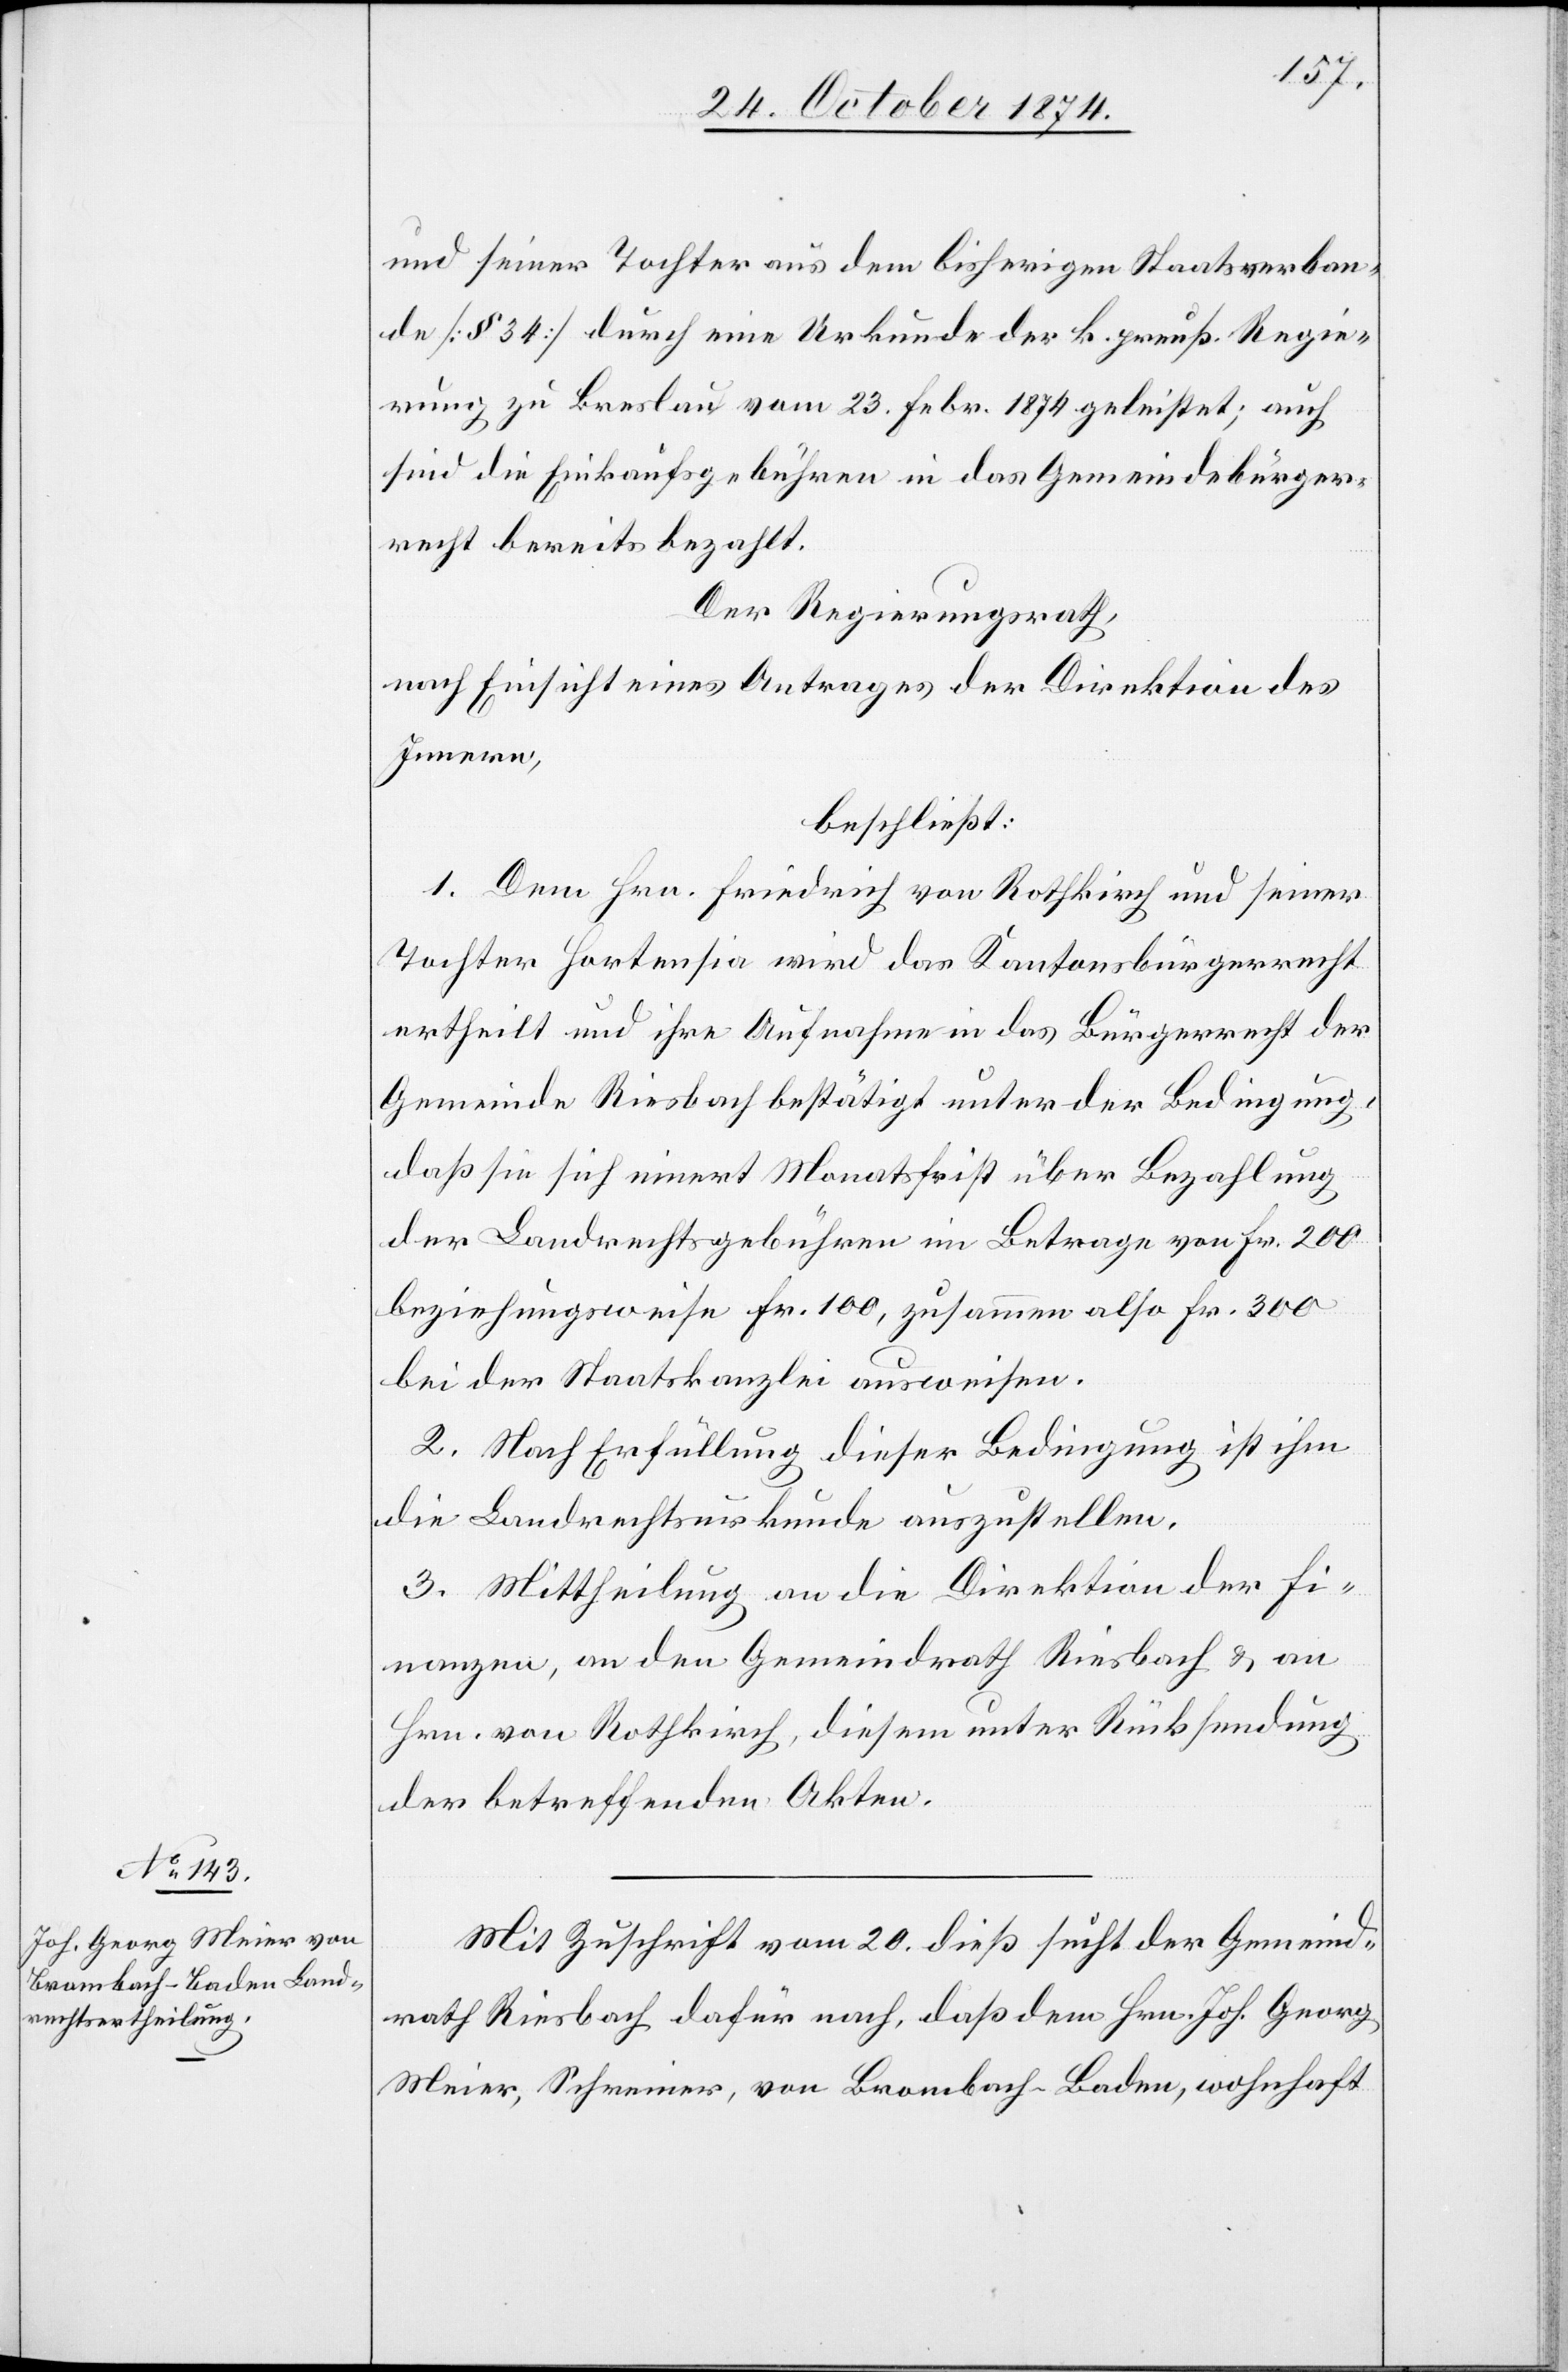
und seiner Tochter aus dem bisherigen Staatsverban¬
de [§ 34] durch eine Urkunde der k. preuß. Regie¬
rung zu Breslau vom 23. Febr. 1874 geleistet; auch
sind die Einkaufsgebühren in das Gemeindebürger¬
recht bereits bezahlt.
Der Regierungsrath,
nach Einsicht eines Antrages der Direktion des
Innern,
beschließt:
1. Dem Hrn. Friedrich von Rothkrich und seiner
Tochter Hortensia wird das Kantonsbürgerrecht
ertheilt und ihre Aufnahme in das Bürgerrecht der
Gemeinde Riesbach bestätigt unter der Bedingung,
daß sie sich innert Monatsfrist über Bezahlung
der Landrechtsgebühren im Betrage von Fr. 200
beziehungsweise Fr. 100, zusammen also Fr. 300
bei der Staatskanzlei ausweisen.
2. Nach Erfüllung dieser Bedingung ist ihm
die Landrechtsurkunde auszustellen.
3. Mittheilung an die Direktion der Fi¬
nanzen, an den Gemeindrath Riesbach & an
Hrn. von Rothkrich, diesem unter Rücksendung
der betreffenden Akten.
Mit Zuschrift vom 20. dieß sucht der Gemeind¬
rath Riesbach dafür nach, daß dem Hrn. Joh. Georg
Meier, Schreiner, von Brombach-Baden, wohnhaft